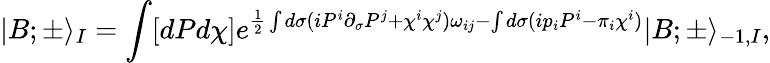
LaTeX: |B;\pm\rangle_{I}=\int[dPd\chi]e^{\frac{1}{2}\int d\sigma(iP^{i}\partial_{\sigma}P^{j}+\chi^{i}\chi^{j})\omega_{ij}-\int d\sigma(ip_{i}P^{i}-\pi_{i}\chi^{i})}|B;\pm\rangle_{-1,I},